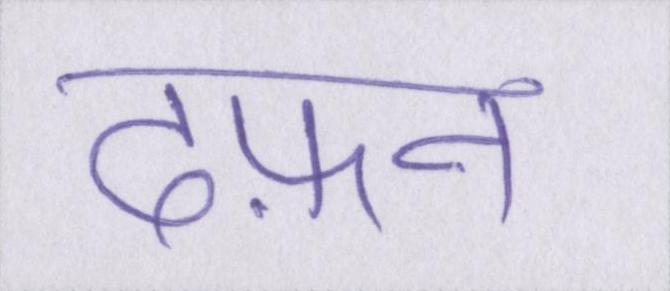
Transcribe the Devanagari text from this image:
दफ़न